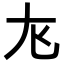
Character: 𫵎